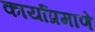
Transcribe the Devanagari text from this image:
कार्याप्रमाणे